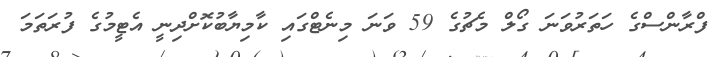
ފްރާންސްގެ ހަތަރުވަނަ ގޯލް މެޗުގެ 59 ވަނަ މިނެޓްގައި ކާމިޔާބުކޮށްދިނީ އެޓީމުގެ ފުރަތަމަ